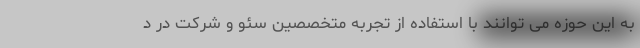
به این حوزه می توانند با استفاده از تجربه متخصصین سئو و شرکت در د